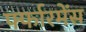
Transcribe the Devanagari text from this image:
र्फ्फारमेंस